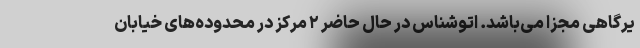
یرگاهی مجزا می‌باشد. اتوشناس در حال حاضر ۲ مرکز در محدوده‌های خیابان